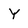
Character: Y